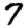
Digit: 7